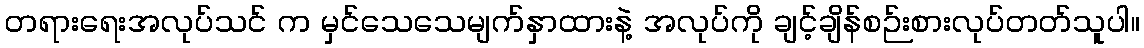
တရားရေးအလုပ်သင် က မှင်သေသေမျက်နှာထားနဲ့ အလုပ်ကို ချင့်ချိန်စဉ်းစားလုပ်တတ်သူပါ။